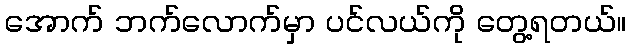
အောက် ဘက်လောက်မှာ ပင်လယ်ကို တွေ့ရတယ်။